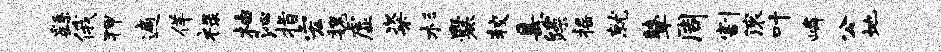
繇俄狎遍佯禄柚沁指宏魏虚粢杉爨较悬躁摇就鼙周割滚叶嶙公地